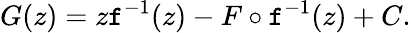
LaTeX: G(z)=z\mathtt{f}^{-1}(z)-F\circ\mathtt{f}^{-1}(z)+C.